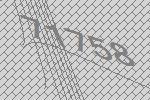
71758